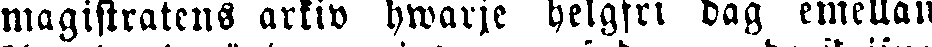
magistratens arkiv hwarje helgfri dag emellan